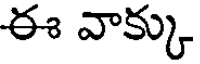
ఈ వాక్కు